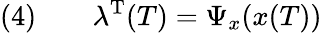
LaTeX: (4)\qquad\lambda^{\mathrm{{T}}}(T)=\Psi_{x}(x(T))